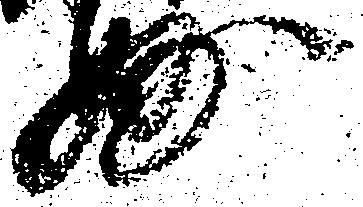
妙